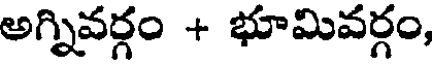
అగ్నివర్గం + భూమివర్గం,